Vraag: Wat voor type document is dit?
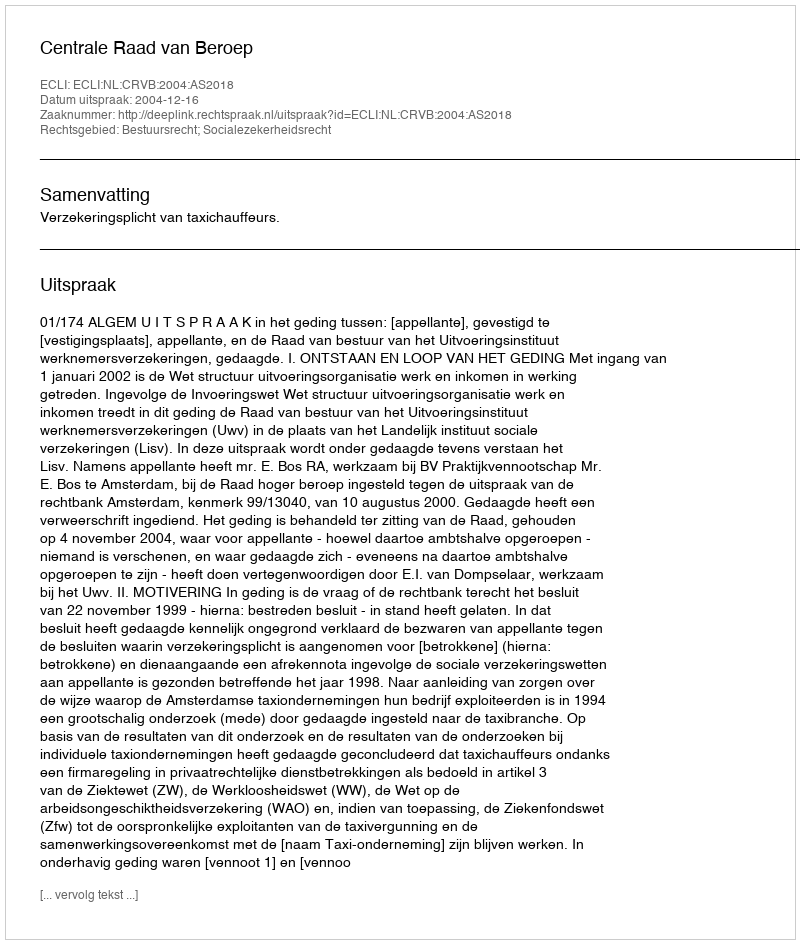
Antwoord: Uitspraak